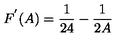
F ^ { ' } ( A ) = \frac { 1 } { 2 4 } - \frac { 1 } { 2 A }